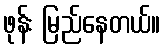
ဖုန်း မြည်နေတယ်။